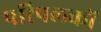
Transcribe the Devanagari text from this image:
परिपलकों